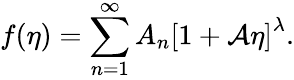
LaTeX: f(\eta)=\sum_{n=1}^{\infty}A_{n}\left[1+\mathcal{A}\eta\right]^{\lambda}.